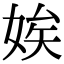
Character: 娭